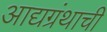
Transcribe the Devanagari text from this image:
आद्यग्रंथाची